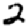
Digit: 2